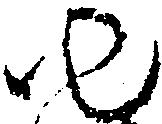
ゆ